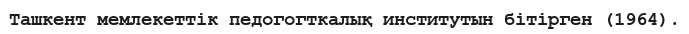
Ташкент мемлекеттік педогогткалық институтын бітірген (1964).